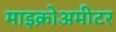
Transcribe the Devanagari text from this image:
माइक्रोअमीटर